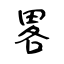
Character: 畧